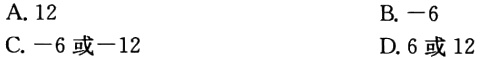
A. \(12\)
B. \(-6\)
C. \(-6或 - 12\)
D. \(6或12\)